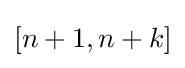
[n+1,n+k]